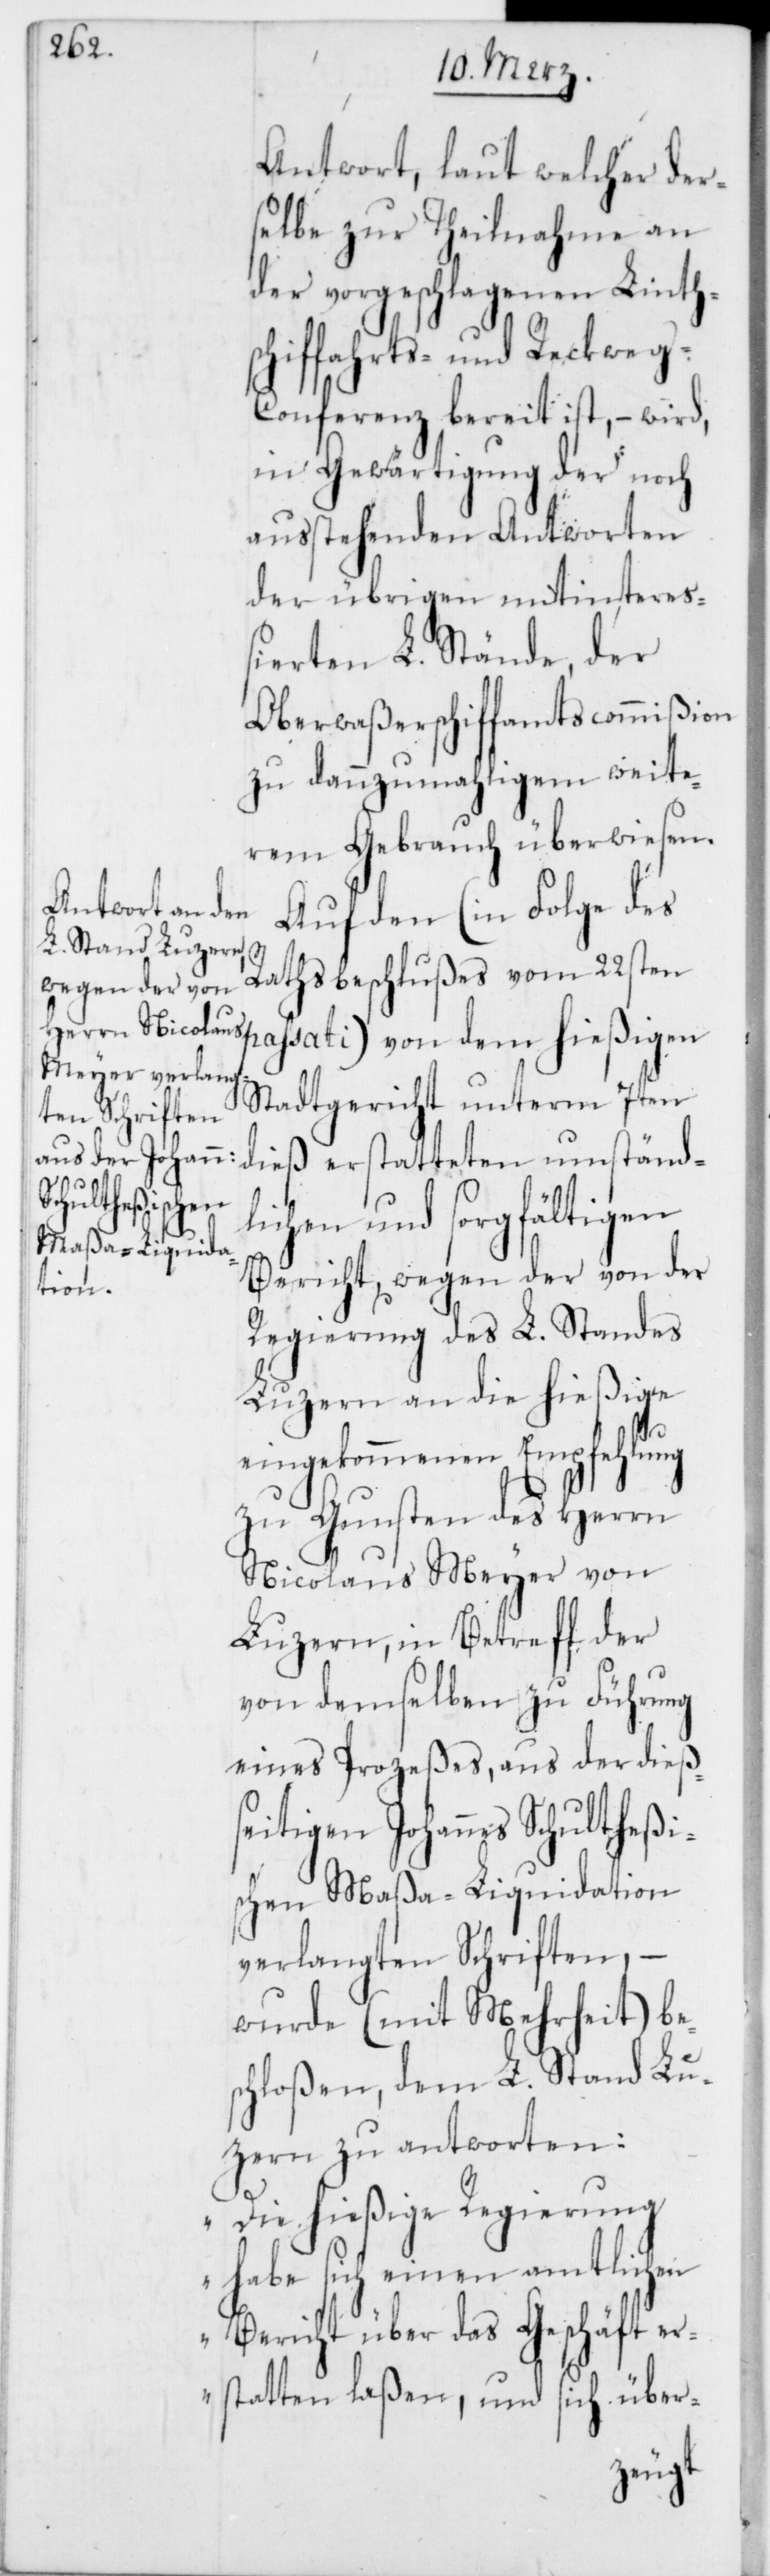
Antwort, laut welcher der¬
selbe zur Theilnahme an
der vorgeschlagenen Linths¬
chiffahrts- und Reckweg-C¬
onferenz bereit ist, – wird,
in Gewärtigung der noch
ausstehenden Antworten
der übrigen mitintere¬
ßierten L. Stände, der
Oberwaßerschiffamtscommißion
zu dannzumahligem weite¬
rem Gebrauch überwiesen.
Auf den (in Folge des
s¬
Rathsbeschlußes vom 22sten
passati) von dem hießigen
Stadtgericht unterm 7ten
dieß erstatteten umständ¬
lichen und sorgfältigen
Bericht, wegen der von der
Regierung des L. Standes
Luzern an die hießige
eingekommenen Empfehlung
zu Gunsten des Herrn
Nicolaus Meyer von
Luzern, in Betreff der
von demselben zu Führung
eines Prozeßes, aus der dieß¬
seitigen Johannes-Schultheßi¬
schen-Maßa-Liquidation
verlangten Schriften, –
wurde (mit Mehrheit) be¬
chloßen, dem L. Stand Lu¬
zern zu antworten:
„Die hießige Regierung
habe sich einen amtlichen
Bericht über das Geschäft er¬
statten laßen, und sich über-